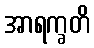
အာရက္ခတိ